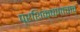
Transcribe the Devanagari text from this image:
प्रशिक्षणाचाच